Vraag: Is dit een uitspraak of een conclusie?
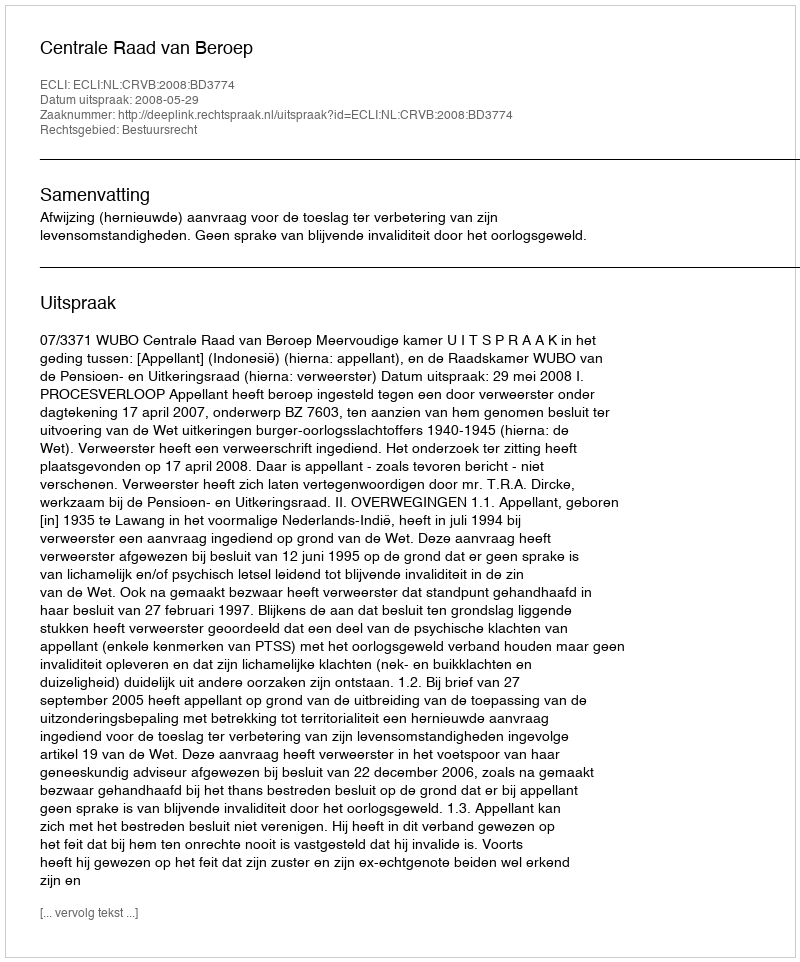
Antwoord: Uitspraak